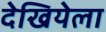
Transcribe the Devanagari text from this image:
देखियेला